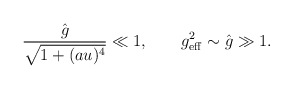
\begin{align*}\frac{\hat g}{\sqrt{1 + (a u)^4}} \ll 1,\qquad g^2_{\rm eff} \sim \hat g \gg 1.\end{align*}